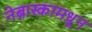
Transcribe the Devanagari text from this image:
नेब्रास्कामधून